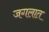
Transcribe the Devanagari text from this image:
जगलात